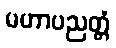
မဟာပညတ္တံ